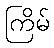
ကြိမ်